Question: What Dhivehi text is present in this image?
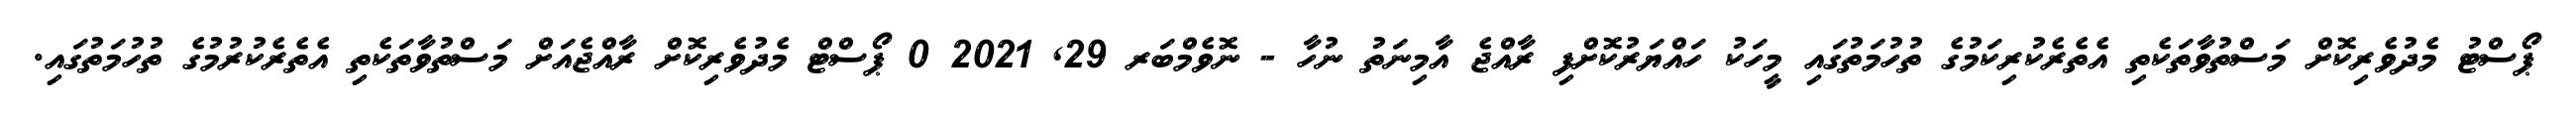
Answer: ޕޯސްޓު މެދުވެރިކޮށް މަސްތުވާތަކެތި އެތެރެކުރިކަމުގެ ތުހުމަތުގައި މީހަކު ހައްޔަރުކޮށްފި ރާއްޖެ އާމިނަތު ނުހާ - ނޮވެމްބަރ 29, 2021 0 ޕޯސްޓް މެދުވެރިކޮށް ރާއްޖެއަށް މަސްތުވާތަކެތި އެތެރެކުރުމުގެ ތުހުމަތުގައި.